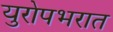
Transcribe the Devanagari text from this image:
युरोपभरात